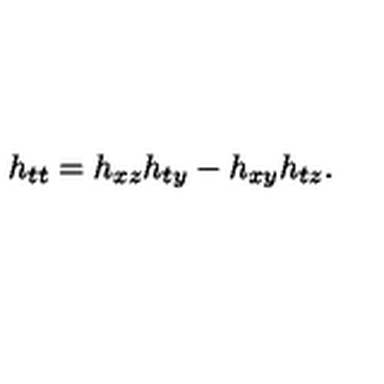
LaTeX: h _ { t t } = h _ { x z } h _ { t y } - h _ { x y } h _ { t z } .